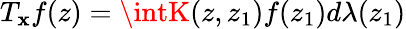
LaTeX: T_{\mathbf{x}}f(z)=\intK(z,z_{1})f(z_{1})d\lambda(z_{1})